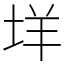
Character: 垟